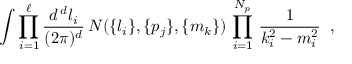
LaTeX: \int \prod _ { i = 1 } ^ { \ell } { \frac { d ^ { \, d } l _ { i } } { ( 2 \pi ) ^ { d } } } \, N ( \{ l _ { i } \} , \{ p _ { j } \} , \{ m _ { k } \} ) \, \prod _ { i = 1 } ^ { N _ { p } } \, { \frac { 1 } { k _ { i } ^ { 2 } - m _ { i } ^ { 2 } } } \; \; ,